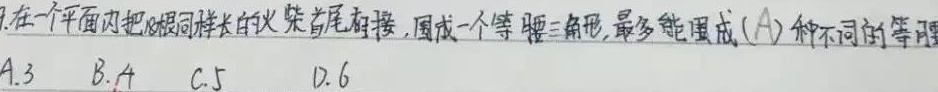
7. 在一个平面内把8根同样长的火柴首尾相接，围成一个等腰三角形，最多能围成（A）种不同的等腰三角形。
A. 3
B. 4
C. 5
D. 6